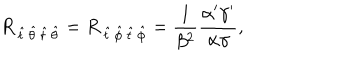
LaTeX: R _ { \, \hat { t } \, \hat { \theta } \, \hat { t } \, \hat { \theta } } = R _ { \, \hat { t } \, \hat { \phi } \, \hat { t } \, \hat { \phi } } = { \frac { 1 } { \beta ^ { 2 } } } \frac { \alpha ^ { \prime } \gamma ^ { \prime } } { \alpha \gamma } ,